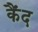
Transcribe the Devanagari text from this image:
कैंद